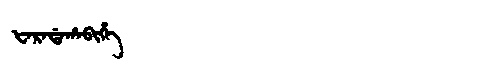
Manchu: ᡶᠠᡵᠠᡩᠠᡥᠠᠪᡳᡥᡝ
Romanization: FARADAHABIHE